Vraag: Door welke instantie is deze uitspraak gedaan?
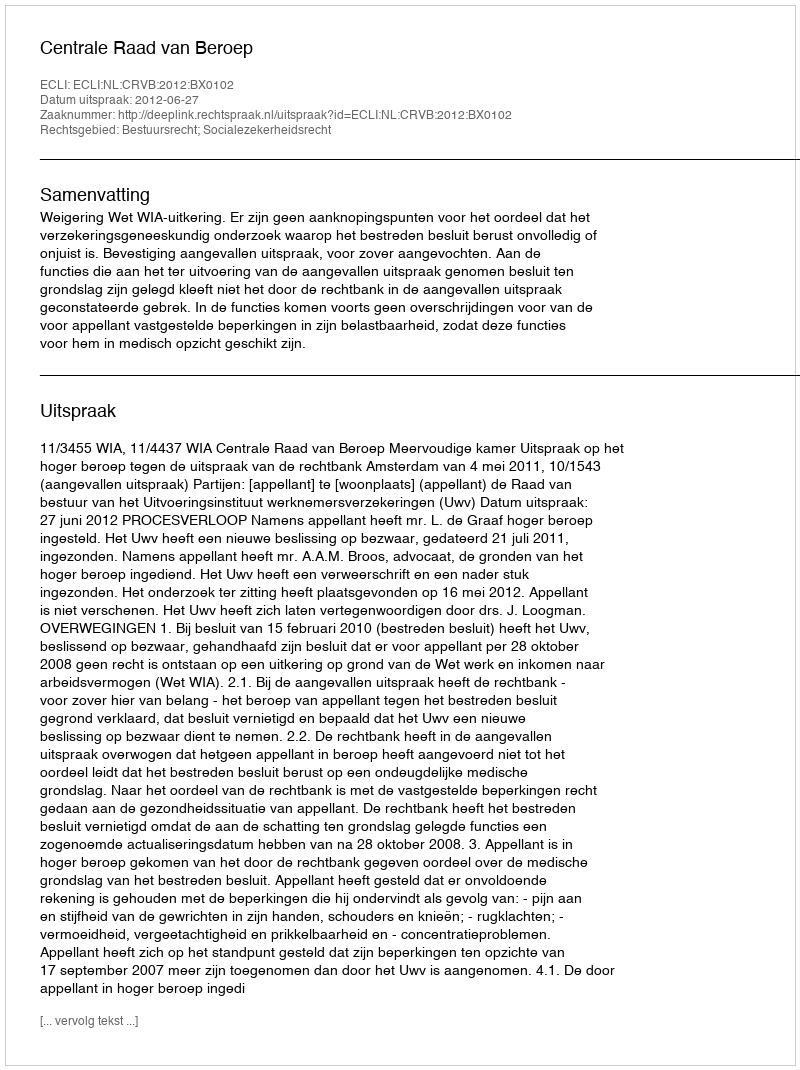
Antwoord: Centrale Raad van Beroep